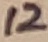
Text: 12